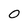
Character: 0